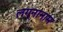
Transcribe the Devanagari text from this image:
लग्नानाम